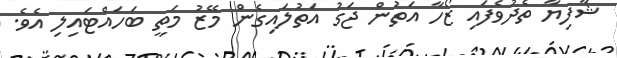
ޝާފިޔާ ތެދުވެފައި ޒޯހާ އަތުން ޖަގު އަތުލައިގެން މޭޒު މަތީ ބަހައްޓައިލި އެވެ.